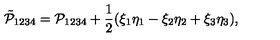
\tilde { \mathcal P } _ { 1 2 3 4 } = \mathcal P _ { 1 2 3 4 } + \frac { 1 } { 2 } ( \xi _ { 1 } \eta _ { 1 } - \xi _ { 2 } \eta _ { 2 } + \xi _ { 3 } \eta _ { 3 } ) ,